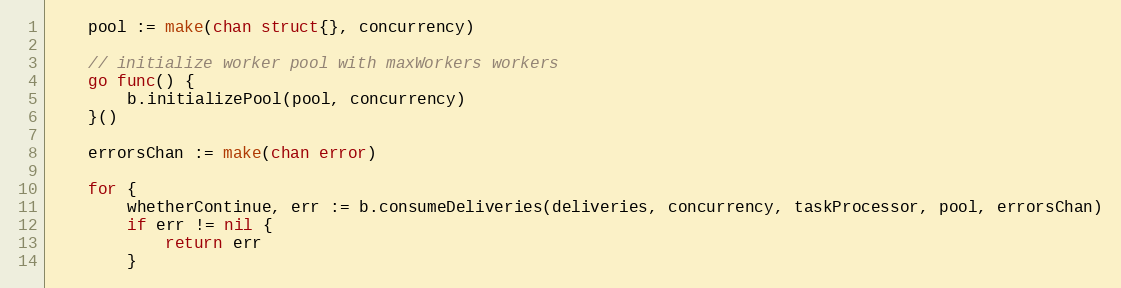
Language: Go
	pool := make(chan struct{}, concurrency)

	// initialize worker pool with maxWorkers workers
	go func() {
		b.initializePool(pool, concurrency)
	}()

	errorsChan := make(chan error)

	for {
		whetherContinue, err := b.consumeDeliveries(deliveries, concurrency, taskProcessor, pool, errorsChan)
		if err != nil {
			return err
		}